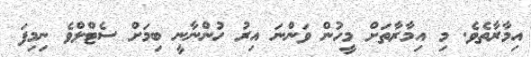
އިމާރާތެވެ. މި އިމާރާތަށް މީހުން ވަންނަ އިރު ހުންނާނީ ބިމަށް ސެޓްލްވެ ނިމިފަ